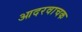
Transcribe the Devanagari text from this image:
आदरवाचक